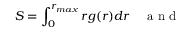
S = \int _ { 0 } ^ { r _ { m a x } } r g ( r ) d r \quad \mathrm { ~ a ~ n ~ d ~ }